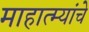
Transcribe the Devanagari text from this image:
माहात्म्यांचे